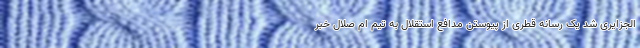
الجزایری شد یک رسانه قطری از پیوستن مدافع استقلال به تیم ام صلال خبر